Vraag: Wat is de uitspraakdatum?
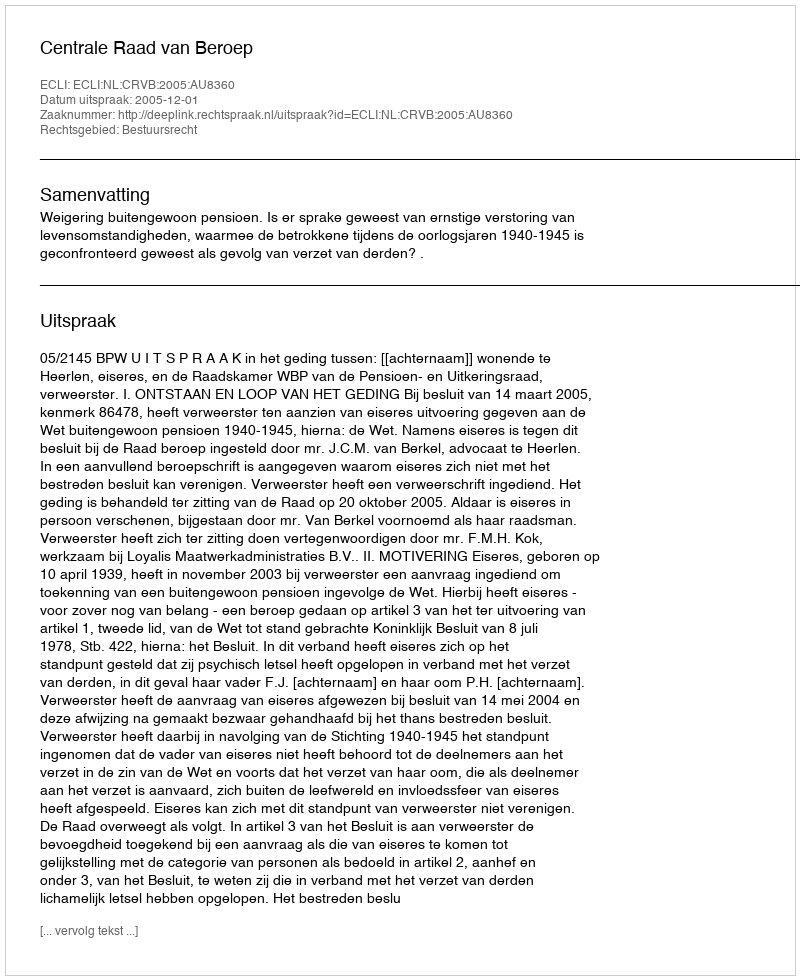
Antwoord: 2005-12-01